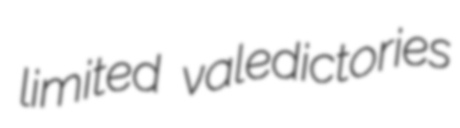
limited valedictories